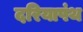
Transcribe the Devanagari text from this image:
दरियापंथ